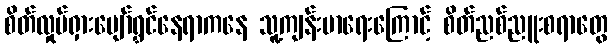
စိတ်လှုပ်ရှားပျော်ရွှင်နေရာကနေ သူ့ကျန်းမာရေးကြောင့် စိတ်ညစ်ညူးစရာတွေ